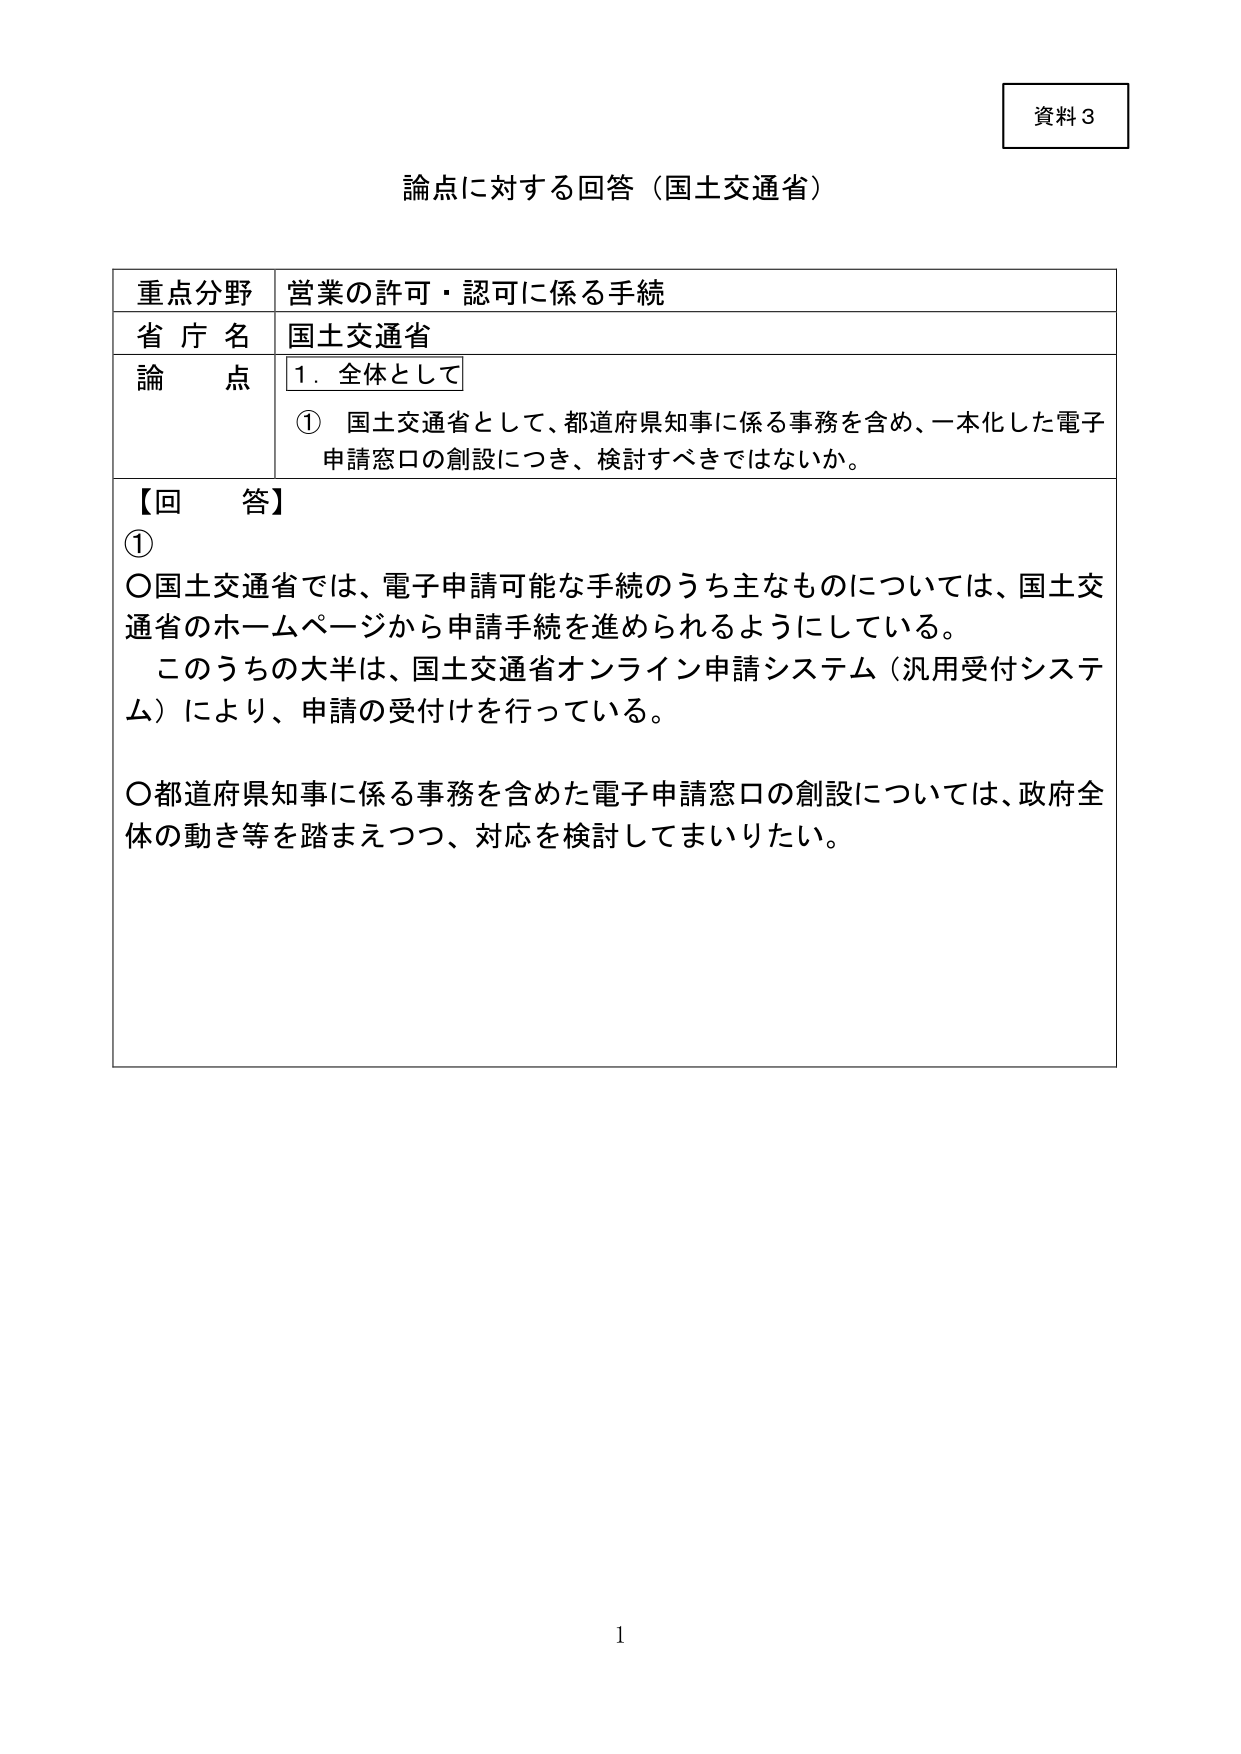
資料３

論点に対する回答（国土交通省）

重点分野　営業の許可・認可に係る手続
省庁名　国土交通省
論点　１．全体として
　① 国土交通省として、都道府県知事に係る事務を含め、一本化した電子申請窓口の創設につき、検討すべきではないか。

【回答】
①
〇国土交通省では、電子申請可能な手続のうち主なものについては、国土交通省のホームページから申請手続を進められるようにしている。
　このうちの大半は、国土交通省オンライン申請システム（汎用受付システム）により、申請の受付けを行っている。

〇都道府県知事に係る事務を含めた電子申請窓口の創設については、政府全体の動き等を踏まえつつ、対応を検討してまいりたい。

1